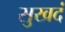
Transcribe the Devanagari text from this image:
सुखदं